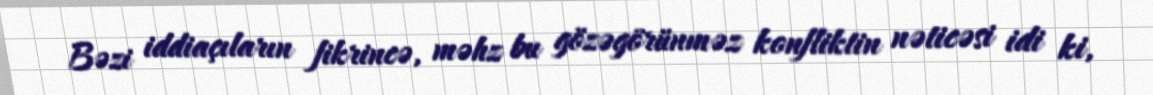
Bəzi iddiaçıların fikrincə, məhz bu gözəgörünməz konfliktin nəticəsi idi ki,